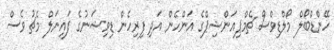
ހޭންޑްބޯލް މޯލްޑިވްސް ޗެމްޕިއަންޝިޕްގެ އަންހެން އަދި ފިރިހެން ޑިވިޝަނުގެ ފައިނަލް މެޗު ވެސް